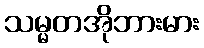
သမ္မတအိုဘားမား